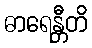
ဓာရေန္တီတိ